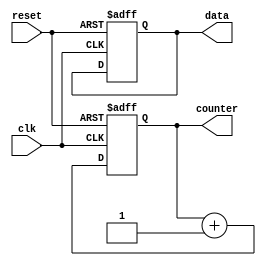
module InitializationExample (
    input wire clk,         // Clock signal
    input wire reset,       // Reset signal
    output reg [7:0] data,  // 8-bit data register
    output reg [3:0] counter // 4-bit counter register
);

    // Initialization Block
    initial begin
        // Initialize registers with defined values
        data = 8'b00000000;   // Initial value of data register (zero)
        counter = 4'b0000;    // Initial value of counter register (zero)
        
        // Note: Additional initialization can be added here if needed
        // Example: assign any other necessary values or states
        // For instance,
        // status = 2'b00; // If there's a status variable to track states
    end

    // Always block for synchronous reset and counter operation
    always @(posedge clk or posedge reset) begin
        if (reset) begin
            // Reset conditions  consistent with the initialization
            data <= 8'b00000000;  // Reset data register
            counter <= 4'b0000;    // Reset counter
        end else begin
            // Normal operation (for illustration purposes)
            counter <= counter + 1; // Increment the counter on each clock cycle
            // Additional functionality can be added as needed
        end
    end

endmodule